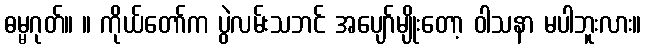
ဓမ္မဂုတ်။ ။ ကိုယ်တော်က ပွဲလမ်းသဘင် အပျော်မျိုးတော့ ဝါသနာ မပါဘူးလား။